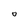
Character: 0